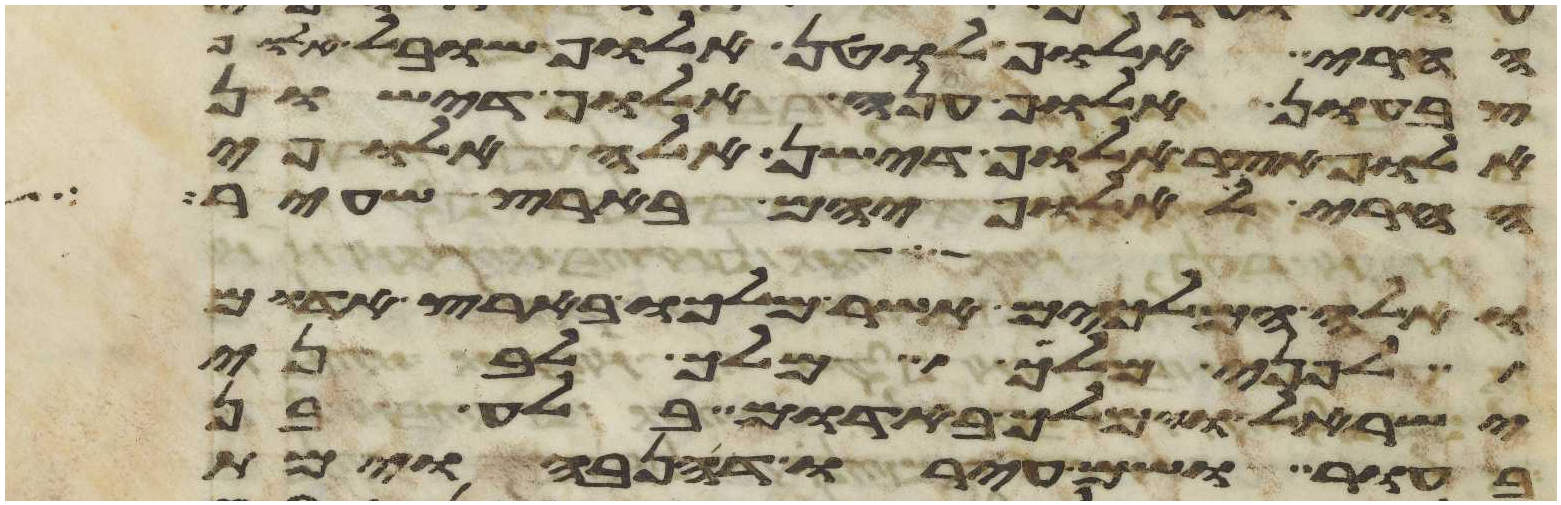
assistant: החרי אלוף לוטן אלוף שובל אלוף
צבעון אלוף ענה אלוף דישון
אלוף אצר אלוף דישן אלה אלופי
החרי לאלופיהם בארץ שעיר
ואלה המלכים אשר מלכו בארץ אדום
לפני מלך מלך לבני
ישראל וימלך באדום בלע בן
בעור ושם עירו דנהבה וימת